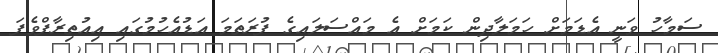
ސަމާހު ވަނީ އެޑަމަށް ހަމަލާދިން ކަމަށް އެ މައްސަލައިގެ ފުރަތަމަ އަޑުއެހުމުގައި އިއުތިރާފްވެފަ